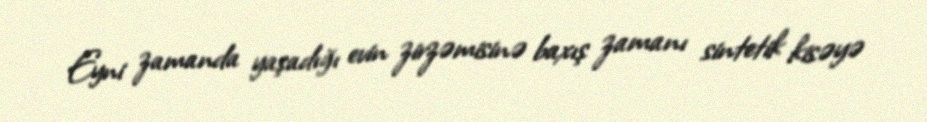
Eyni zamanda yaşadığı evin zirzəmisinə baxış zamanı sintetik kisəyə